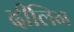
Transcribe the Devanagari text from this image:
दीलिन